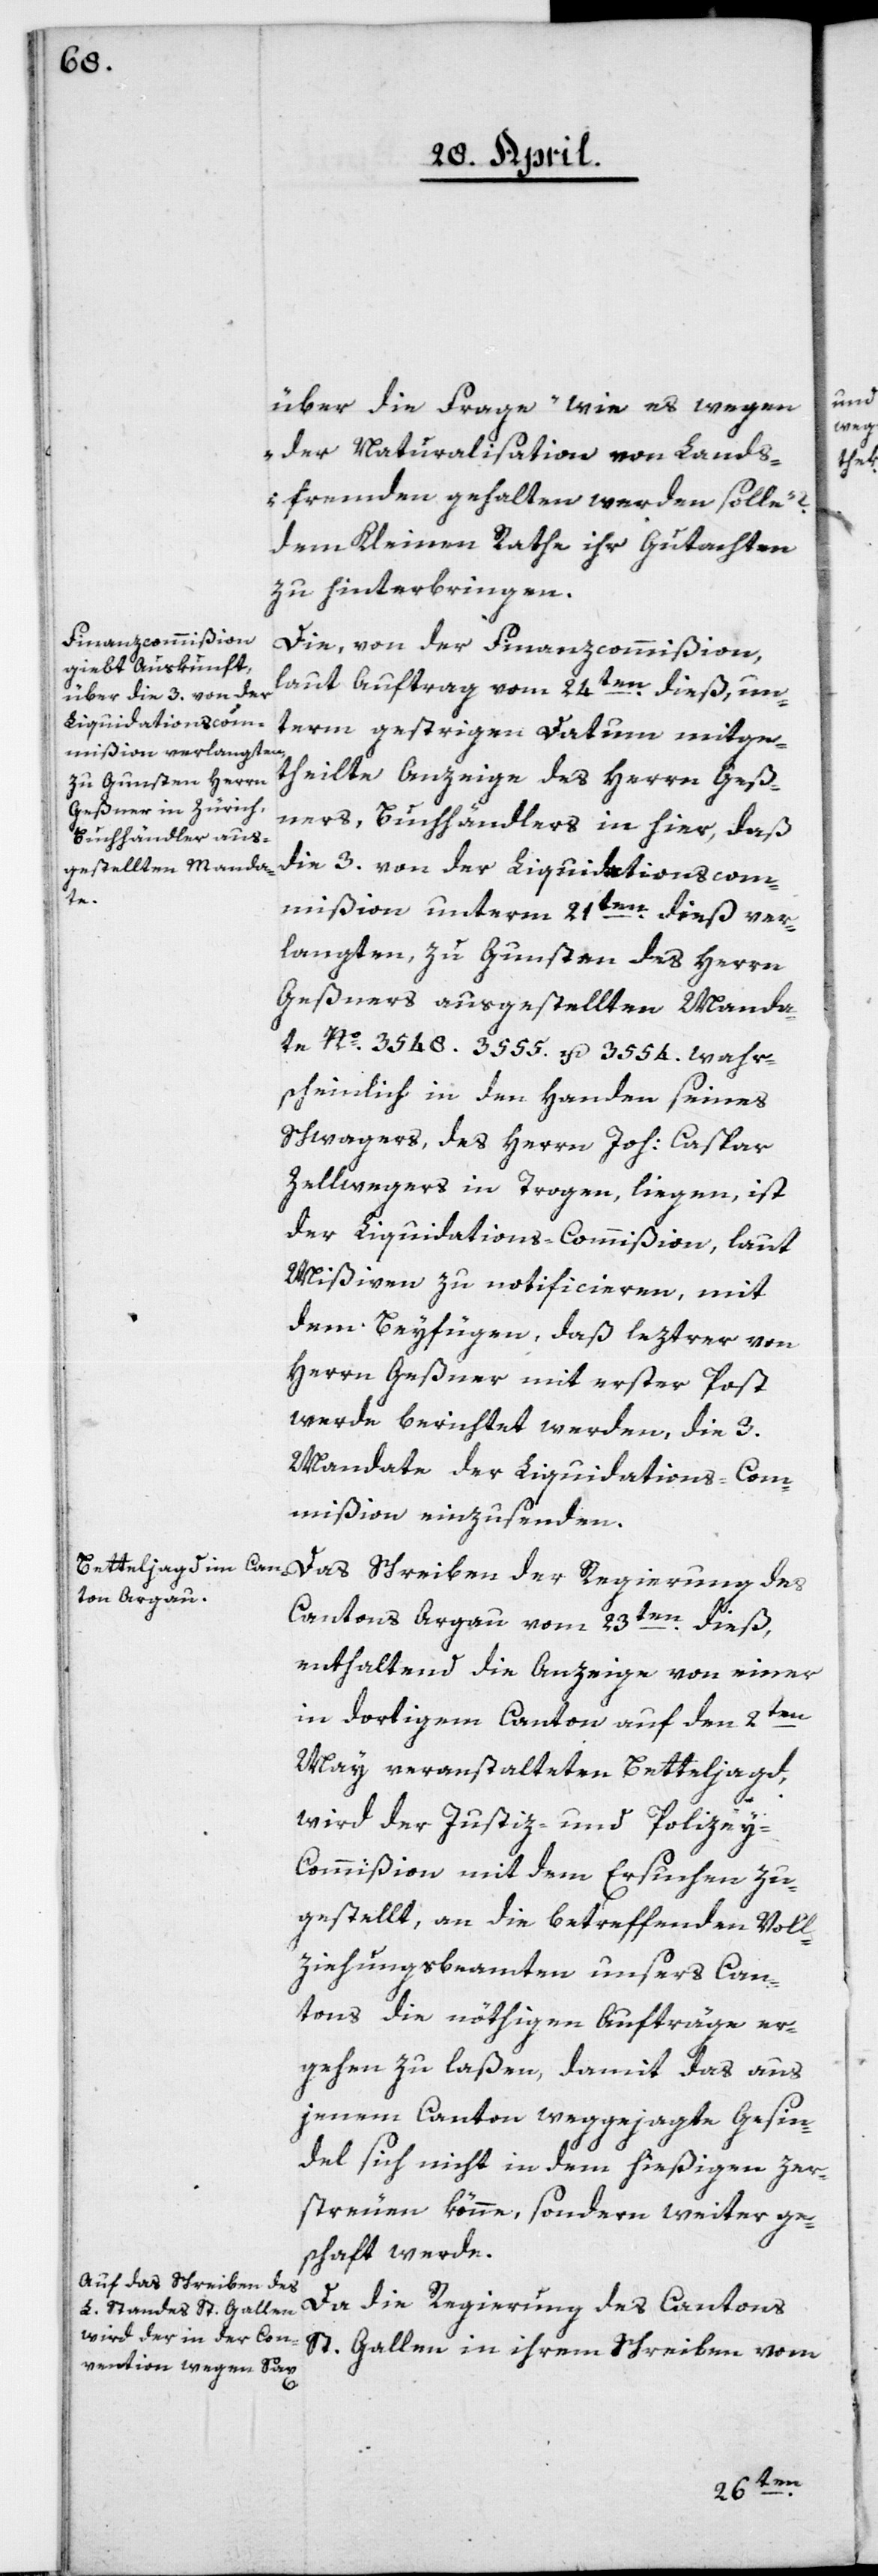
über die Frage „wie es wegen
der Naturalisation von Lands¬
fremden gehalten werden solle?“
dem Kleinen Rathe ihr Gutachten
zu hinterbringen.
Die, von der Finanzcommißion
laut Auftrag vom 24ten dieß, un¬
term gestrigen Datum mitge¬
theilte Anzeige des Herrn Geß¬
ners, Buchhändlers in hier, daß
die 3. von der Liquidationscom¬
mißion unterm 21ten dieß ver¬
langten, zu Gunsten des Herrn
Geßners ausgestellten Manda¬
te Nº 3548, 3555 u. 3554. wahr¬
scheinlich in den Handen seines
Schwagers, des Herrn Joh: Caspar
Zellwegers in Trogen liegen, ist
der Liquidations-Commißion, laut
Mißiven zu notificieren, mit
dem Beyfügen, daß leztrer von
Herrn Geßner mit erster Post
werde berichtet werden, die 3.
Mandate der Liquidations-Com¬
mißion einzusenden.
Das Schreiben der Regierung des
Cantons Argau vom 23tendieß,
enthaltend die Anzeige von einer
in dortigem Canton auf den 2ten
May veranstalteten Betteljagd,
wird der Justiz- und Polizey-C¬
ommißion mit dem Ersuchen zu¬
gestellt, an die betreffenden Voll¬
ziehungsbeamten unsers Can¬
tons die nöthigen Aufträge er¬
gehen zu laßen, damit das aus
jenem Canton weggejagte Gesin¬
del sich nicht in dem hießigen zer¬
streuen könne, sondern weiter ge¬
schaft werde.
Da die Regierung des Cantons
St. Gallen in ihrem Schreiben vom